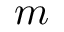
m